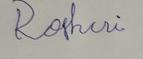
Signature authenticity: forged